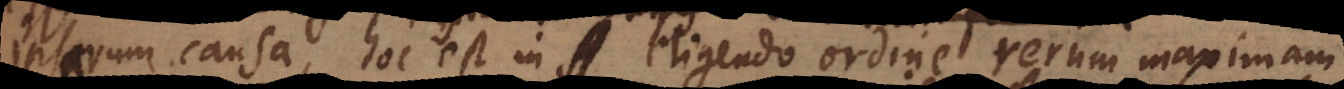
ipsarum causa, hoc est in eligendo ordine rerum maximam